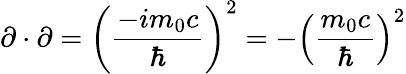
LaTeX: \mathbf{\partial}\cdot\mathbf{\partial}=\left({\frac{-im_{0}c}{\hbar}}\right)^{2}=-\left({\frac{m_{0}c}{\hbar}}\right)^{2}